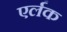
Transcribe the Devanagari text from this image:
एर्लक